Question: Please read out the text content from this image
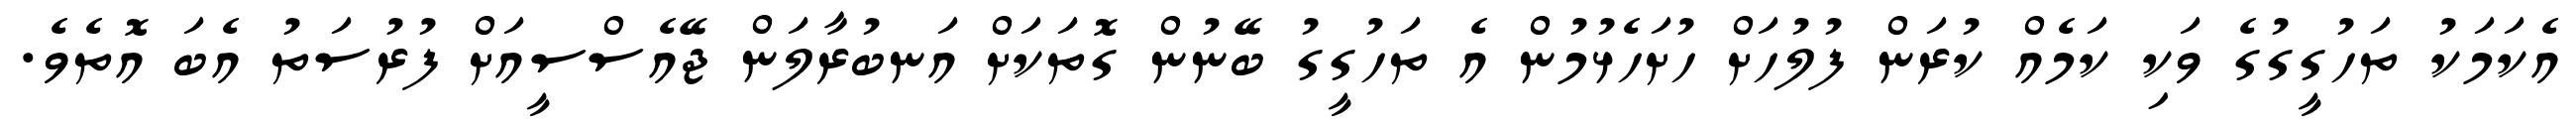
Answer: އެކަމަކު ތަހުގީގުގެ ވަކި ކަމެއް ކުރަން ފުލުހަށް ހުށަހެޅުމުން އެ ތަހުގީގު ބޭނުން ގޮތަކަށް އަނބުރާލަން ޖޭއެސްސީއަށް ފުރުސަތު އެބަ އޮތެވެ.